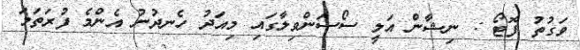
ވަގުތު ފޮޓޯ : ނިޝާން އަލީ ސޯސަންވިލާގައި މިއަދު ހެނދުނު އެންމެ ފުރަތަމަ